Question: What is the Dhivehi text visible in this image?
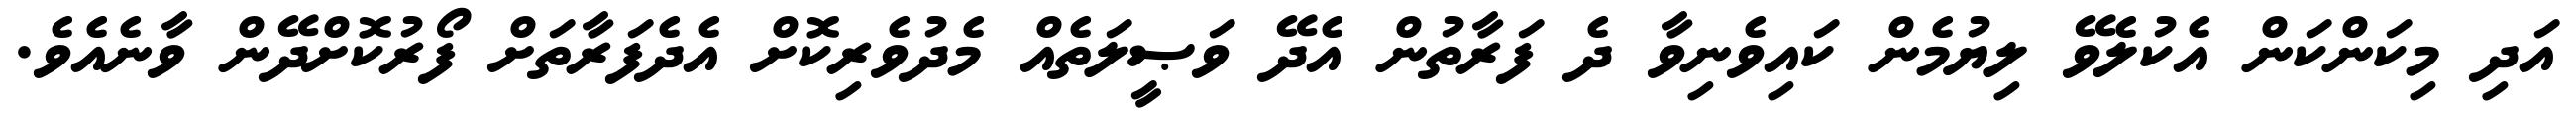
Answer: އަދި މިކަންކަން އެކުލެވޭ ލިޔުމެން ކައިވެނިވާ ދެ ފަރާތުން އެދޭ ވަޞީލަތެއް މެދުވެރިކޮށް އެދެފަރާތަށް ފޯރުކޮށްދޭން ވާނެއެވެ.